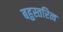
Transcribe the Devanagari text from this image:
बहुस्तरित्व